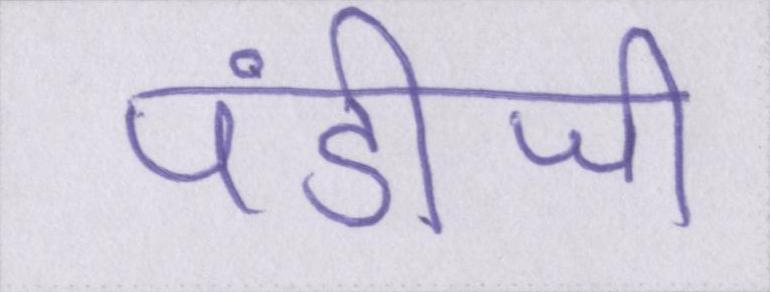
पंडीजी